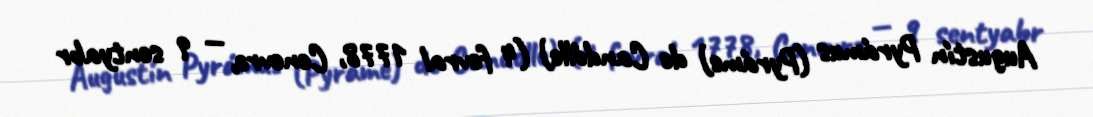
Augustín Pyrámus (Pyráme) de Candólle) (4 fevral 1778, Cenevrə, — 9 sentyabr